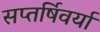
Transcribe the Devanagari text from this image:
सप्तर्षिवर्या